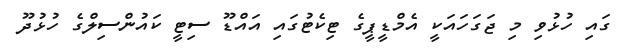
ގައި ހުޅުވި މި ޖަގަހައަކީ އެމްޑީޕީގެ ޓިކެޓުގައި އައްޑޫ ސިޓީ ކައުންސިލްގެ ހުޅުދޫ